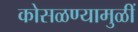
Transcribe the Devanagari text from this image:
कोसळण्यामुळीं